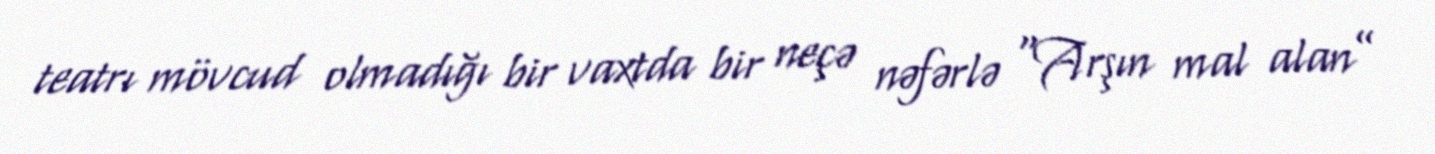
teatrı mövcud olmadığı bir vaxtda bir neçə nəfərlə “Arşın mal alan”